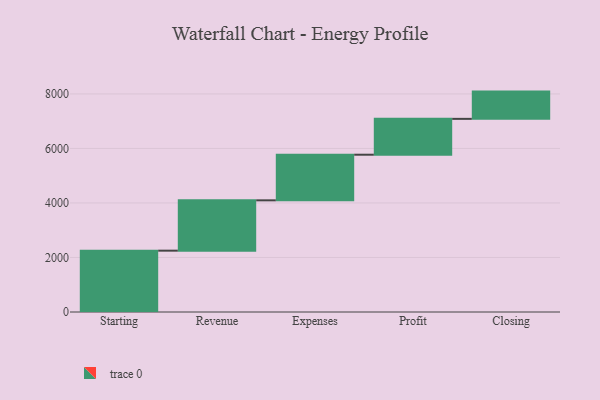
{"axis": {"x": "Step", "y": "Value"}, "legend": [""], "data": [{"x": "Starting", "y": 2250.0, "type": ""}, {"x": "Revenue", "y": 1846.0, "type": ""}, {"x": "Expenses", "y": 1674.0, "type": ""}, {"x": "Profit", "y": 1315.0, "type": ""}, {"x": "Closing", "y": 1000, "type": ""}]}